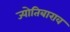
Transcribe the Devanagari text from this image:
ज्योतिबाराव